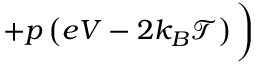
+ p \left( e V - 2 k _ { B } \mathcal { T } \right) \bigg )